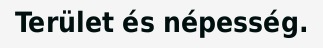
Terület és népesség.